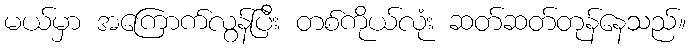
မယ်မှာ အကြောက်လွန်ပြီး တစ်ကိုယ်လုံး ဆတ်ဆတ်တုန်နေသည်။